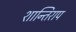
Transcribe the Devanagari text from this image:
शान्तिराप